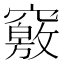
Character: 竅